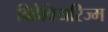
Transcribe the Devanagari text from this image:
बिहेवियरिज्म